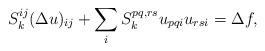
LaTeX: \begin{align*}S_k^{ij}(\Delta u)_{ij} + \sum_i S_k^{pq,rs}u_{pqi}u_{rsi} = \Delta f,\end{align*}